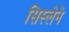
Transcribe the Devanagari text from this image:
सिस्लेने